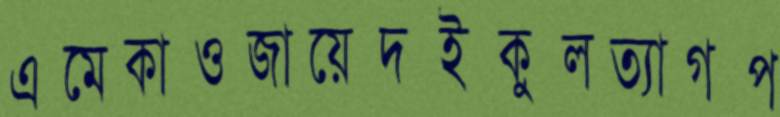
এমেকাওজায়েদইকুলত্যাগপ